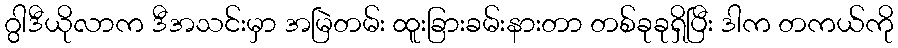
ဂွါဒီယိုလာက ဒီအသင်းမှာ အမြဲတမ်း ထူးခြားခမ်းနားတာ တစ်ခုခုရှိပြီး ဒါက တကယ်ကို